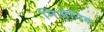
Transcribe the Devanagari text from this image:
मिजेनिक